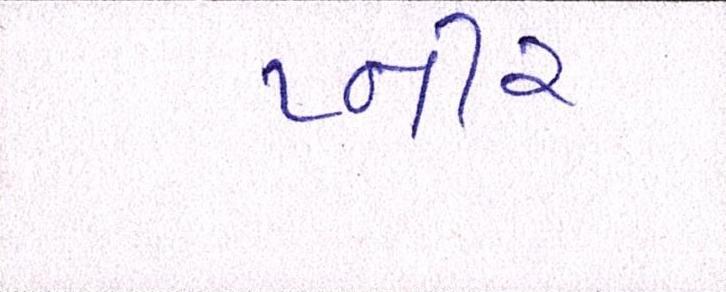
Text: પ્નીર